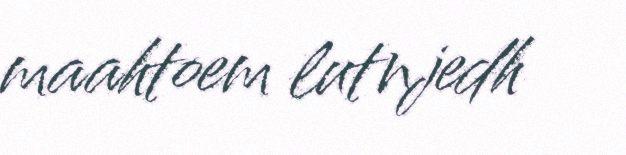
maahtoem lutnjedh